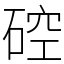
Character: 硿